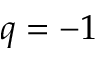
q = - 1